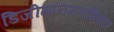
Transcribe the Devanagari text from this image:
डिजीमॉनमताधिकार